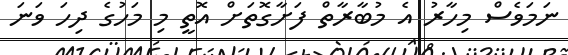
ނަމަވެސް މިިހާރު އެ މުބާރާތް ފަށާގޮތަށް އޮތީ މި މަހުގެ ދިހަ ވަނަ